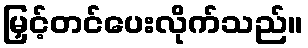
မြှင့်တင်ပေးလိုက်သည်။